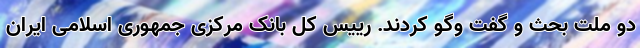
دو ملت بحث و گفت وگو کردند. رییس کل بانک مرکزی جمهوری اسلامی ایران